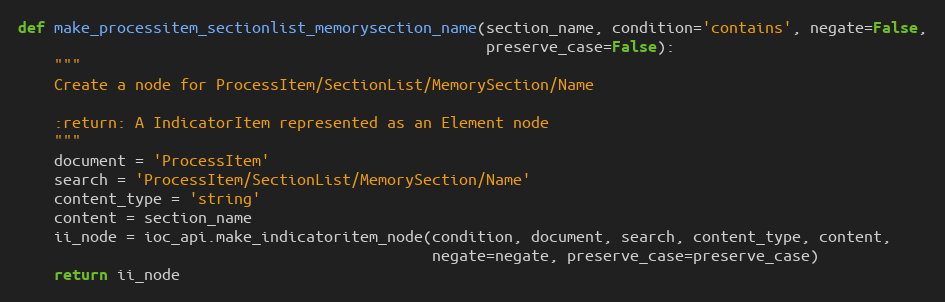
Language: Python
def make_processitem_sectionlist_memorysection_name(section_name, condition='contains', negate=False,
                                                    preserve_case=False):
    """
    Create a node for ProcessItem/SectionList/MemorySection/Name

    :return: A IndicatorItem represented as an Element node
    """
    document = 'ProcessItem'
    search = 'ProcessItem/SectionList/MemorySection/Name'
    content_type = 'string'
    content = section_name
    ii_node = ioc_api.make_indicatoritem_node(condition, document, search, content_type, content,
                                              negate=negate, preserve_case=preserve_case)
    return ii_node